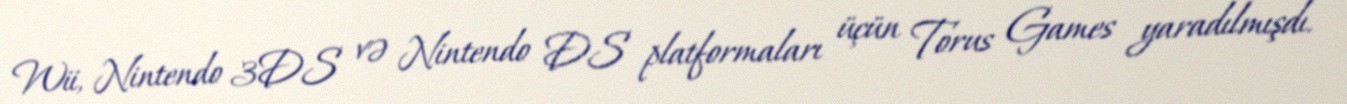
Wii, Nintendo 3DS və Nintendo DS platformaları üçün Torus Games yaradılmışdı.